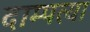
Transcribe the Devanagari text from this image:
दाम्पत्या